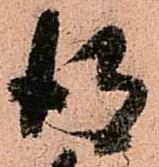
得